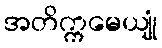
အတိက္ကမေယျုံ